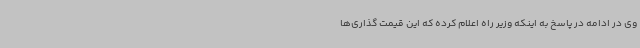
وی در ادامه در پاسخ به اینکه وزیر راه اعلام کرده که این قیمت گذاری‌ها